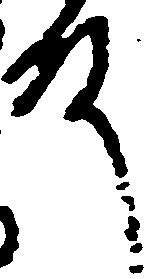
殿